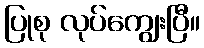
ပြုစု လုပ်ကျွေးပြီ။